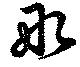
彤